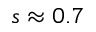
s \approx 0 . 7